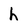
Character: h